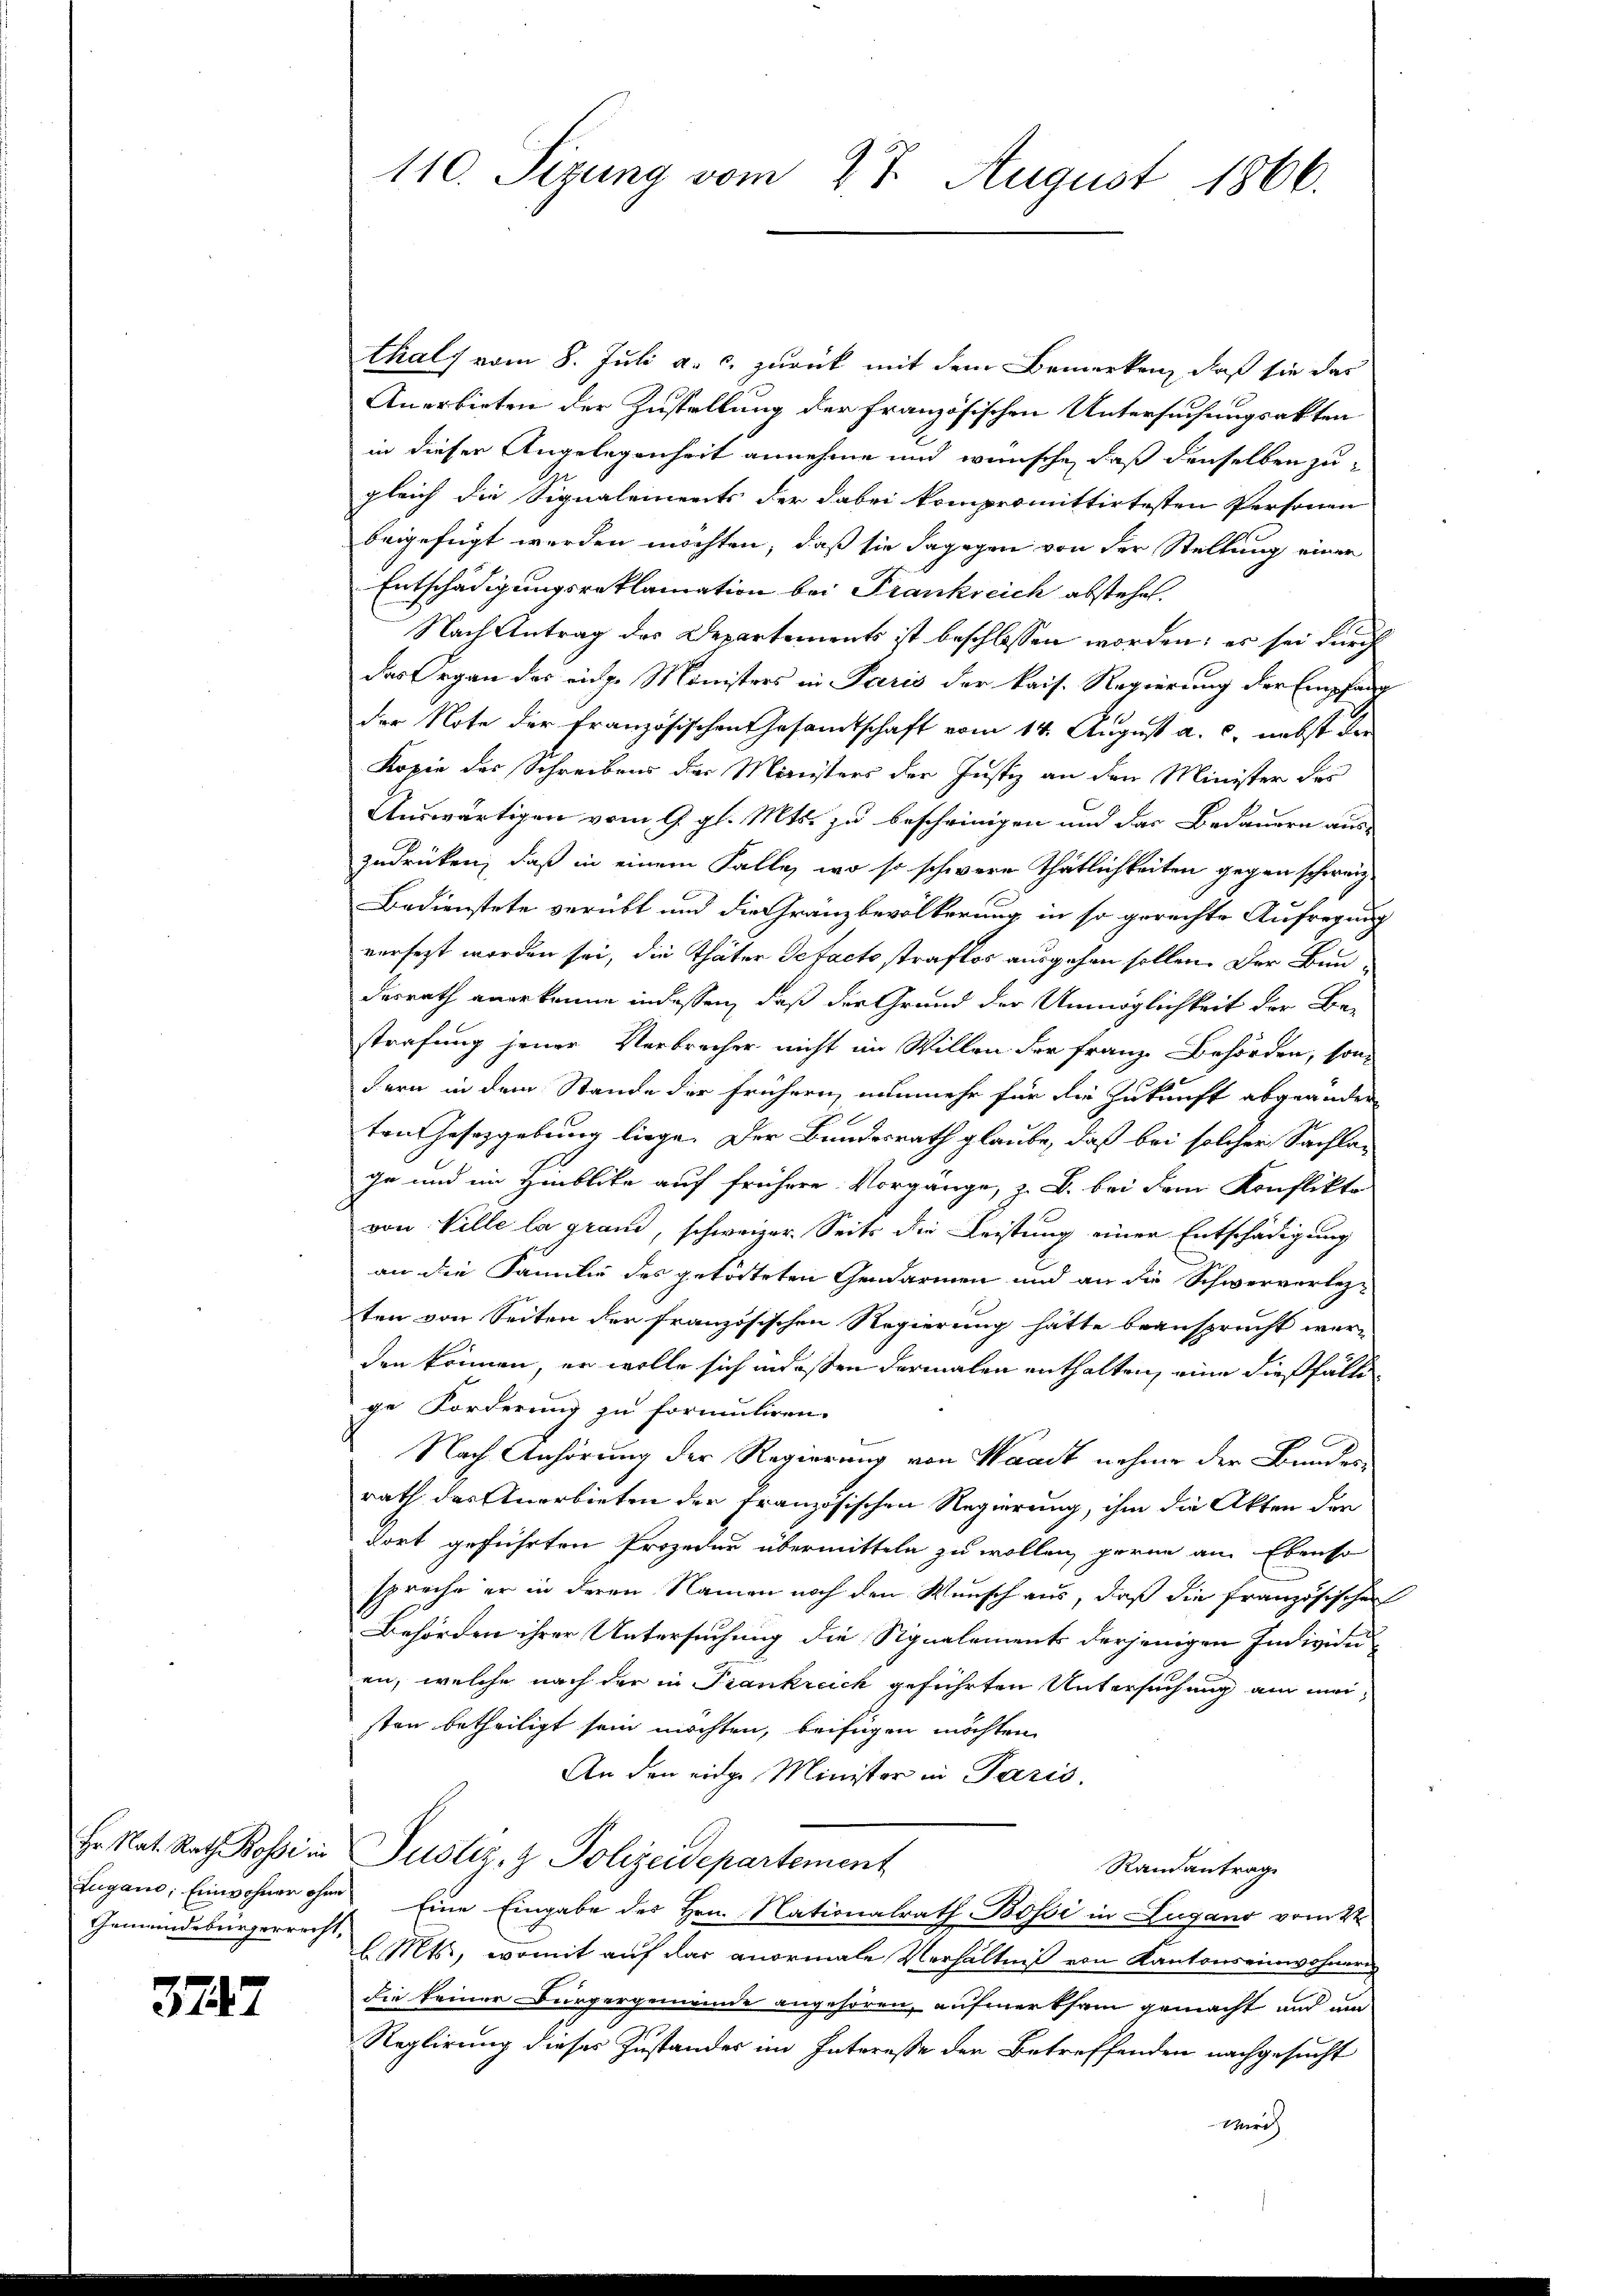
Gemeindebürgerrecht,

3747

110. Sizung vom 27. August 1866.

thals vom 8. Juli a. c. zurück mit dem Bemerken, daß sie das
Anerbieten der Zustellung der französischen Untersuchungsakten
in dieser Angelegenheit annehme und wünsche, daß denselben zu
gleich die Signalements der dabei kompromittirtesten Personen
beigefügt werden möchten, daß sie dagegen von der Stellung einer
Entschädigungsreklamation bei Frankreich abstehet.
Nach Antrag des Departements ist beschlossen worden; es sei durch
das Organ des eiche Ministers in Paris der kais. Regierung der Empfang
der Note der französischen Gesamtschaft vom 14. August a. c. nebst der
Kopie des Schreibens des Ministers der Justiz an den Minister des
Auswärtigen vom 9. gl. Mts. zu bescheinigen und das Bedauern aus-
zudrücken, daß in einem Falle, wo so schwere Thätlichkeiten gegen schweiz
Bedienstete verübt und die Gränzbevölkerung in so gerechte Aufregung
versezt worden sei, die Thäter Defacto straflos ausgehen sollen. Der Bundesrath anerkenne in dessen, daß der Grund der Unmöglichkeit der Be-
strafung jener Verbrecher nicht im Willen der Franz Behörden, son
dern in dem Stande der frühern, nunmehr für die Zukunft abgeänder-
ten Gesetzgebung liege. Der Bundesrath glaube, daß bei solcher Sachlage und im Hinblicke auf frühere Vorgänge, z. B. bei dem Konflikte
von Ville la grand, schweizer. Seits die Leistung einer Entschädigung
an die Familie des getödteten Gendarmen und an die Schwerverlegten von Seiten der französischen Regierung hätte beansprucht werden können, er wolle sich in dessen dermalen enthalten, eine dießfälle
ge Forderung zu formuliren.
Nach Anhörung der Regierung von Waadt nehme der Bundesrath das Anerbieten der französischen Regierung, ihm die Akten der
dort geführten Prozedur übermitteln zu wollen, gerne am Ebenso
spreche er in deren Namen noch den Wunsch aus, daß die französischen
Behörden ihrer Untersuchung die Signalements derjenigen Individuen, welche nach der in Trankreich geführten Untersuchung am meisten betheiligt sein möchten, beifügen möchten,
An den eidge Minister in Paris.
Er Nat. Rath Bossi in Justiz & Polizeidepartement
Randantrag
Lugano, Einwohner ohne Eine Eingabe des Hrn. Nationalrath Bossi in Lugano vom 4ten
l. Mts., womit auf das anormale Verhältniß von Kantonseinwohner
die keiner Bürgergemeinde angehören, aufmerksam gemacht und um
Reglirung dieses Zustandes im Interesse der Betreffenden nachgesucht
Ver